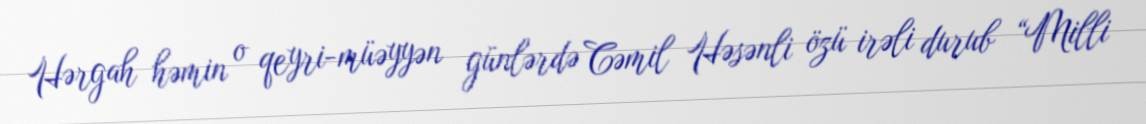
Hərgah həmin o qeyri-müəyyən günlərdə Cəmil Həsənli özü irəli durub “Milli